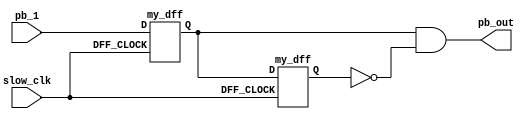
module Debounce(input pb_1,slow_clk,output pb_out);
wire Q1,Q2,Q2_bar;
my_dff d1(slow_clk, pb_1,Q1 );
my_dff d2(slow_clk, Q1,Q2 );
assign Q2_bar = ~Q2;
assign pb_out = Q1 & Q2_bar;
endmodule

// D-flip-flop for debouncing module 
module my_dff(input DFF_CLOCK, D, output reg Q);

    always @ (posedge DFF_CLOCK) begin
        Q <= D;
    end

endmodule